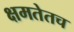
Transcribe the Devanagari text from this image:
क्षमतेतच